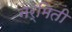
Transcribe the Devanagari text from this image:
नर्मिती